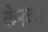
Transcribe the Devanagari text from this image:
केनवस